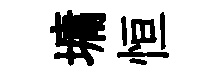
墉恒